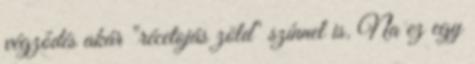
végződés akár "récetojás zöld" színnel is. Na ez egy